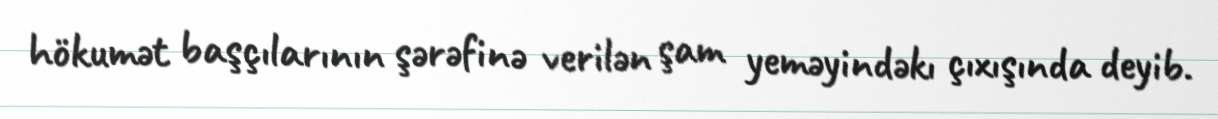
hökumət başçılarının şərəfinə verilən şam yeməyindəkı çıxışında deyib.